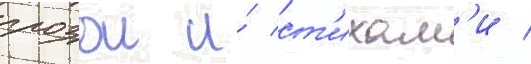
прозои и́ ст'ихам'и /